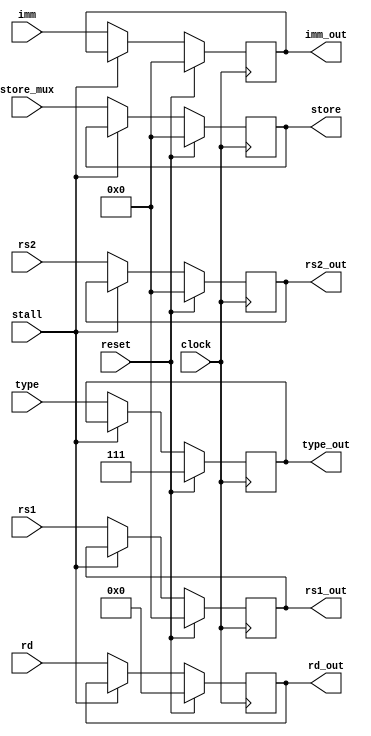
module P3_EXMEM(
	input wire clock,
	input wire reset,
	input wire [2:0] type,
	input wire [31:0] rs1,
	input wire [31:0] rs2,
	input wire [4:0] rd,
	input wire [31:0] imm,
	input wire stall,
	input wire [31:0] store_mux,
	output reg [2:0] type_out,
	output reg [31:0] rs1_out,
	output reg [31:0] rs2_out,
	output reg [4:0] rd_out,
	output reg [31:0] imm_out,
	output reg [31:0] store

);

	initial begin
		type_out <= 7;
	end

	always @(posedge clock) begin
		if (reset == 1'b1) begin
			type_out <= 7;//invalid type to make sure it doesn't do anything
			rs1_out <= 0; //clear the register
			rs2_out <= 0;
			rd_out <= 0;
			imm_out <= 0;
			store <= 0;
		end else begin
			if (stall == 0) begin//only move if not stalled
				type_out <= type;
				rs1_out <= rs1;
				rs2_out <= rs2;
				rd_out <= rd;
				imm_out <= imm;
				store <= store_mux;
			end
		end
	end

endmodule